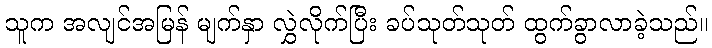
သူက အလျင်အမြန် မျက်နှာ လွှဲလိုက်ပြီး ခပ်သုတ်သုတ် ထွက်ခွာလာခဲ့သည်။